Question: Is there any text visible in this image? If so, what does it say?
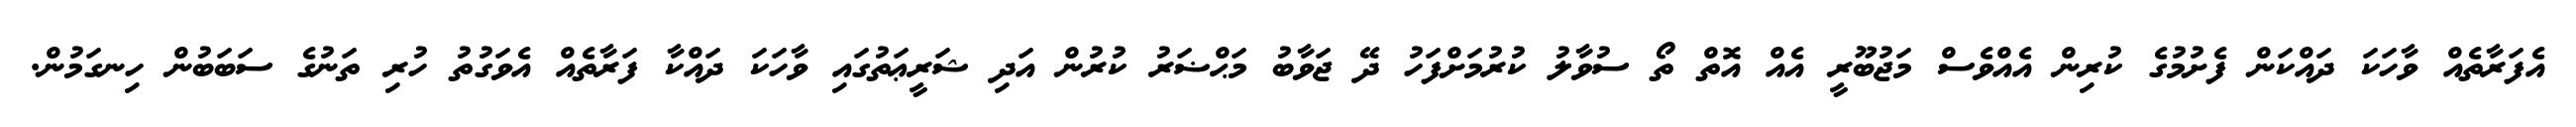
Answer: އެފަރާތެއް ވާހަކަ ދައްކަން ފެށުމުގެ ކުރިން އެއްވެސް މަޖުބޫރީ އެއް އޮތް ތޯ ސުވާލު ކުރުމަށްފަހު ދޭ ޖަވާބު މަޙްޟަރު ކުރުން އަދި ޝަރީޢަތުގައި ވާހަކަ ދައްކާ ފަރާތެއް އެވަގުތު ހުރި ތަނުގެ ސަބަބުން ހިނގަމުން.